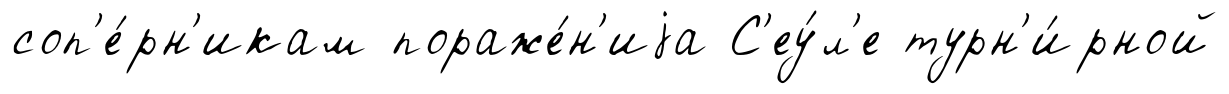
соп'е́рн'икам пораже́н'иjа С'еу́л'е турн'и́рной